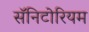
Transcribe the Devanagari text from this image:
सॅनिटोरियम